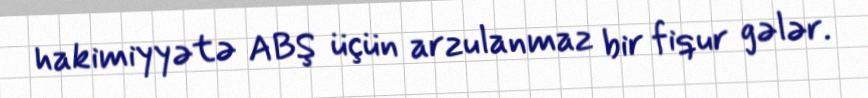
hakimiyyətə ABŞ üçün arzulanmaz bir fiqur gələr.